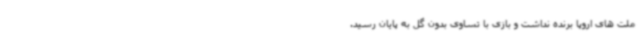
ملت های اروپا برنده نداشت و بازی با تساوی بدون گل به پایان رسید.